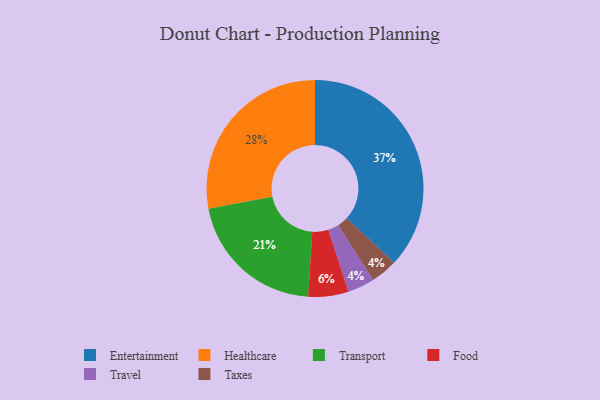
{"axis": {"x": "Category", "y": "Percentage"}, "legend": ["Entertainment", "Food", "Healthcare", "Taxes", "Transport", "Travel"], "data": [{"x": "Food", "y": 6, "type": "Food"}, {"x": "Healthcare", "y": 28, "type": "Healthcare"}, {"x": "Travel", "y": 4, "type": "Travel"}, {"x": "Taxes", "y": 4, "type": "Taxes"}, {"x": "Transport", "y": 21, "type": "Transport"}, {"x": "Entertainment", "y": 37, "type": "Entertainment"}]}